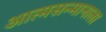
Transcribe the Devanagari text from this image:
आत्मसन्मानाला